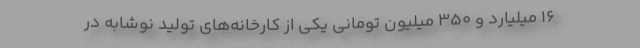
۱۶ میلیارد و ۳۵۰ میلیون تومانی یکی از کارخانه‌های تولید نوشابه در